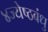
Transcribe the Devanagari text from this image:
४ज्येष्ठबंधु